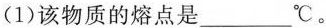
（1）该物质的熔点是___^{\circ}C。